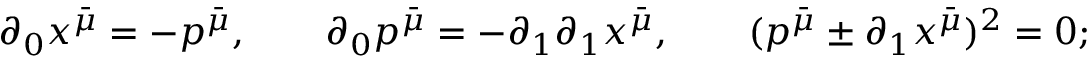
\qquad \partial _ { 0 } x ^ { \bar { \mu } } = - p ^ { \bar { \mu } } , \qquad \partial _ { 0 } p ^ { \bar { \mu } } = - \partial _ { 1 } \partial _ { 1 } x ^ { \bar { \mu } } , \qquad ( p ^ { \bar { \mu } } \pm \partial _ { 1 } x ^ { \bar { \mu } } ) ^ { 2 } = 0 ;